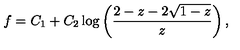
f = C _ { 1 } + C _ { 2 } \log \left( \frac { 2 - z - 2 \sqrt { 1 - z } } { z } \right) ,